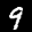
Label: 9